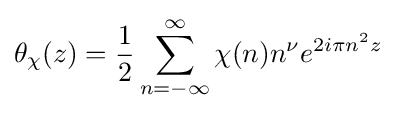
\theta _{\chi }(z)={\frac {1}{2}}\sum _{n=-\infty }^{\infty }\chi (n)n^{\nu }e^{2i\pi n^{2}z}